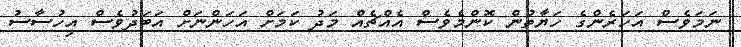
ނަމަވެސް އަހަރެންގެ ހަޔާތުން ކޮންމެވެސް އެއްޗެއް މަދު ކަމަށް އަހަންނަށް އަބަދުވެސް އިހުސާސު